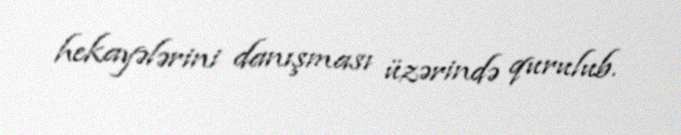
hekayələrini danışması üzərində qurulub.